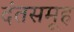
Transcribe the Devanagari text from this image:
दंतसमूह